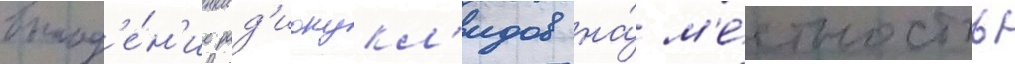
выпад'е́н'ие рад'ионукл'идов на́ м'е́стность